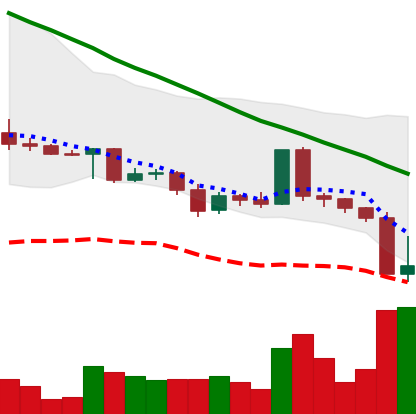
Ticker: ADA-USD
Chart end date: 2022-05-10
Forward return: -5.002%
Label: down_5_7